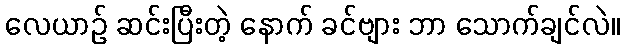
လေယာဉ် ဆင်းပြီးတဲ့ နောက် ခင်ဗျား ဘာ သောက်ချင်လဲ။